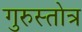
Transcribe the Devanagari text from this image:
गुरुस्तोत्र